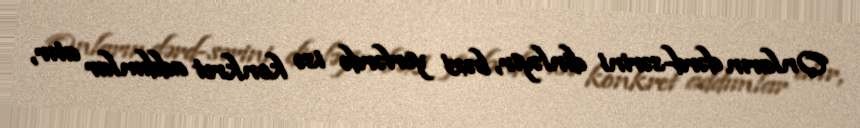
Onların dərd-sərini dinləyir, bəzi yerlərdə isə konkret addımlar atır,